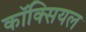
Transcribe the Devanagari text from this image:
कॉक्सियल